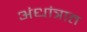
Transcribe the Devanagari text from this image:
अंधांत्रात